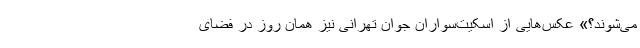
می‌شوند؟» عکس‌هایی از اسکیت‌سواران جوان تهرانی نیز همان روز در فضای